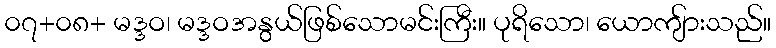
၀၇+၀၈+ မဒ္ဒဝ၊ မဒ္ဒဝအနွယ်ဖြစ်သောမင်းကြီး။ ပုရိသော၊ ယောကျ်ားသည်။